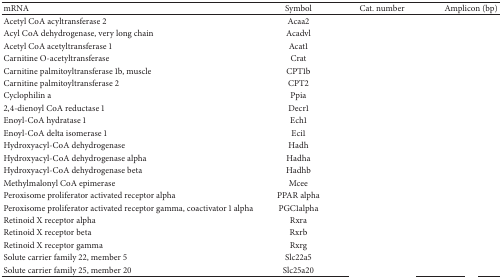
<table><thead><tr><td><b>mRNA</b></td><td><b>Symbol</b></td><td><b>Cat. number </b></td><td><b>Amplicon (bp)</b></td></tr></thead><tbody><tr><td>Acetyl CoA acyltransferase 2</td><td>Acaa2</td><td>[EMPTY_CELL]</td><td>[EMPTY_CELL]</td></tr><tr><td>Acyl CoA dehydrogenase, very long chain</td><td>Acadvl</td><td>[EMPTY_CELL]</td><td>[EMPTY_CELL]</td></tr><tr><td>Acetyl CoA acetyltransferase 1</td><td>Acat1</td><td>[EMPTY_CELL]</td><td>[EMPTY_CELL]</td></tr><tr><td>Carnitine O-acetyltransferase</td><td>Crat</td><td>[EMPTY_CELL]</td><td>[EMPTY_CELL]</td></tr><tr><td>Carnitine palmitoyltransferase 1b, muscle</td><td>CPT1b</td><td>[EMPTY_CELL]</td><td>[EMPTY_CELL]</td></tr><tr><td>Carnitine palmitoyltransferase 2</td><td>CPT2</td><td>[EMPTY_CELL]</td><td>[EMPTY_CELL]</td></tr><tr><td>Cyclophilin a</td><td>Ppia</td><td>[EMPTY_CELL]</td><td>[EMPTY_CELL]</td></tr><tr><td>2,4-dienoyl CoA reductase 1</td><td>Decr1</td><td>[EMPTY_CELL]</td><td>[EMPTY_CELL]</td></tr><tr><td>Enoyl-CoA hydratase 1</td><td>Ech1</td><td>[EMPTY_CELL]</td><td>[EMPTY_CELL]</td></tr><tr><td>Enoyl-CoA delta isomerase 1</td><td>Eci1</td><td>[EMPTY_CELL]</td><td>[EMPTY_CELL]</td></tr><tr><td>Hydroxyacyl-CoA dehydrogenase</td><td>Hadh</td><td>[EMPTY_CELL]</td><td>[EMPTY_CELL]</td></tr><tr><td>Hydroxyacyl-CoA dehydrogenase alpha</td><td>Hadha</td><td>[EMPTY_CELL]</td><td>[EMPTY_CELL]</td></tr><tr><td>Hydroxyacyl-CoA dehydrogenase beta</td><td>Hadhb</td><td>[EMPTY_CELL]</td><td>[EMPTY_CELL]</td></tr><tr><td>Methylmalonyl CoA epimerase</td><td>Mcee</td><td>[EMPTY_CELL]</td><td>[EMPTY_CELL]</td></tr><tr><td>Peroxisome proliferator activated receptor alpha</td><td>PPAR alpha</td><td>[EMPTY_CELL]</td><td>[EMPTY_CELL]</td></tr><tr><td>Peroxisome proliferator activated receptor gamma, coactivator 1 alpha</td><td>PGC1alpha</td><td>[EMPTY_CELL]</td><td>[EMPTY_CELL]</td></tr><tr><td>Retinoid X receptor alpha</td><td>Rxra</td><td>[EMPTY_CELL]</td><td>[EMPTY_CELL]</td></tr><tr><td>Retinoid X receptor beta</td><td>Rxrb</td><td>[EMPTY_CELL]</td><td>[EMPTY_CELL]</td></tr><tr><td>Retinoid X receptor gamma</td><td>Rxrg</td><td>[EMPTY_CELL]</td><td>[EMPTY_CELL]</td></tr><tr><td>Solute carrier family 22, member 5</td><td>Slc22a5</td><td>[EMPTY_CELL]</td><td>[EMPTY_CELL]</td></tr><tr><td>Solute carrier family 25, member 20</td><td>Slc25a20</td><td>[EMPTY_CELL]</td><td>[EMPTY_CELL]</td></tr></tbody></table>